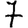
Digit: 7